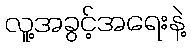
လူ့အခွင့်အရေးနဲ့